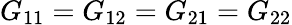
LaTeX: G_{11}=G_{12}=G_{21}=G_{22}